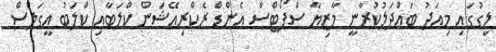
ލީގުގައި މިއަދު ބައްދަލުކުރާނީ މާޒިޔާ ސްޕޯޓްސް އެންޑް ރެކްރިއޭޝަން ކްލަބާއި ކްލަބު އީގަލްސް